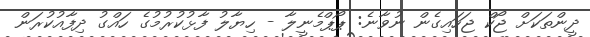
ދީންތަކަށް ޖޯކް ޖަހައިގެން ނުވާނެ: ޕޯޕްމެނީލާ - ހިޔާލު ފާޅުކުރުމުގެ ހައްގު ދިފާއުކުރަން